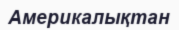
Америкалықтан